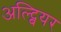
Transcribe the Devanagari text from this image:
अल्ट्बियर